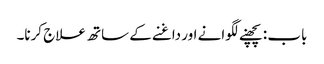
باب : پچھنے لگوانے اور داغنے کے ساتھ علاج کرنا۔